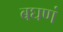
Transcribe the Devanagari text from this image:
बघणं